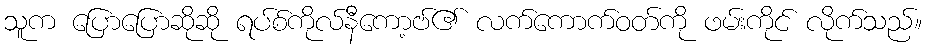
သူက ပြောပြောဆိုဆို ရပ်စ်ကိုလ်နီကော့ဗ်၏ လက်ကောက်ဝတ်ကို ဖမ်းကိုင် လိုက်သည်။